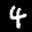
Label: 4